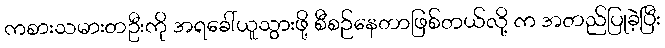
ကစားသမားတဦးကို အရခေါ်ယူသွားဖို့ စီစဉ်နေတာဖြစ်တယ်လို့ က အတည်ပြုခဲ့ပြီး